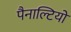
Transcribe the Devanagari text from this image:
पैनाल्टियों